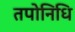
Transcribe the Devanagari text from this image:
तपोनिधि